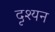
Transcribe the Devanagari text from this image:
दृश्यन